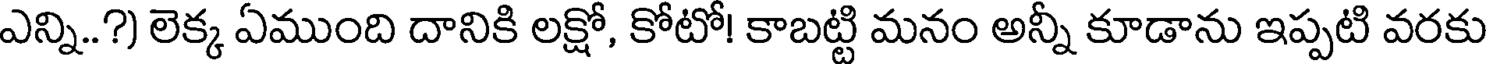
ఎన్ని..?) లెక్క ఏముంది దానికి లక్షో, కోటో! కాబట్టి మనం అన్నీ కూడాను ఇప్పటి వరకు